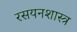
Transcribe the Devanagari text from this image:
रसयनशास्त्र